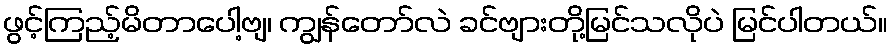
ဖွင့်ကြည့်မိတာပေါ့ဗျ၊ ကျွန်တော်လဲ ခင်ဗျားတို့မြင်သလိုပဲ မြင်ပါတယ်။